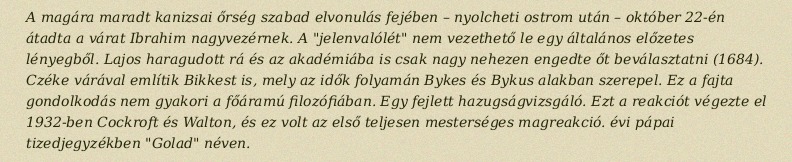
A magára maradt kanizsai őrség szabad elvonulás fejében – nyolcheti ostrom után – október 22-én átadta a várat Ibrahim nagyvezérnek. A "jelenvalólét" nem vezethető le egy általános előzetes lényegből. Lajos haragudott rá és az akadémiába is csak nagy nehezen engedte őt beválasztatni (1684). Czéke várával említik Bikkest is, mely az idők folyamán Bykes és Bykus alakban szerepel. Ez a fajta gondolkodás nem gyakori a főáramú filozófiában. Egy fejlett hazugságvizsgáló. Ezt a reakciót végezte el 1932-ben Cockroft és Walton, és ez volt az első teljesen mesterséges magreakció. évi pápai tizedjegyzékben "Golad" néven.